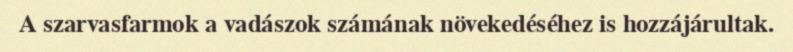
A szarvasfarmok a vadászok számának növekedéséhez is hozzájárultak.